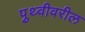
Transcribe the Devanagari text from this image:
पृुथ्वीवरील